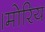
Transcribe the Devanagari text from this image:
।मोरिय